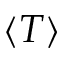
\left\langle T \right\rangle